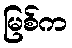
မြစ်က